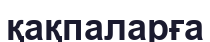
қақпаларға